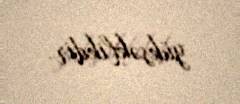
yüksəklikdir.